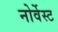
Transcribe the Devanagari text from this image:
नोर्वेस्ट